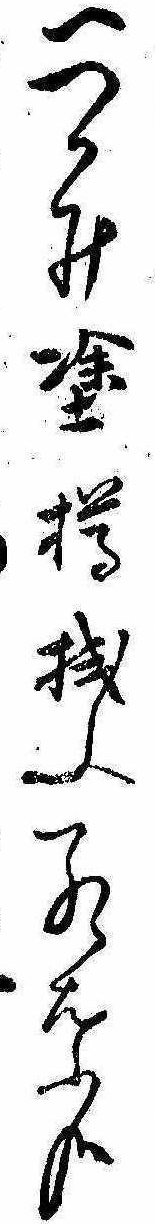
一つかみ塗樽拭ふ紅葉哉